Rules and regulations of the Bombay Veterinary College
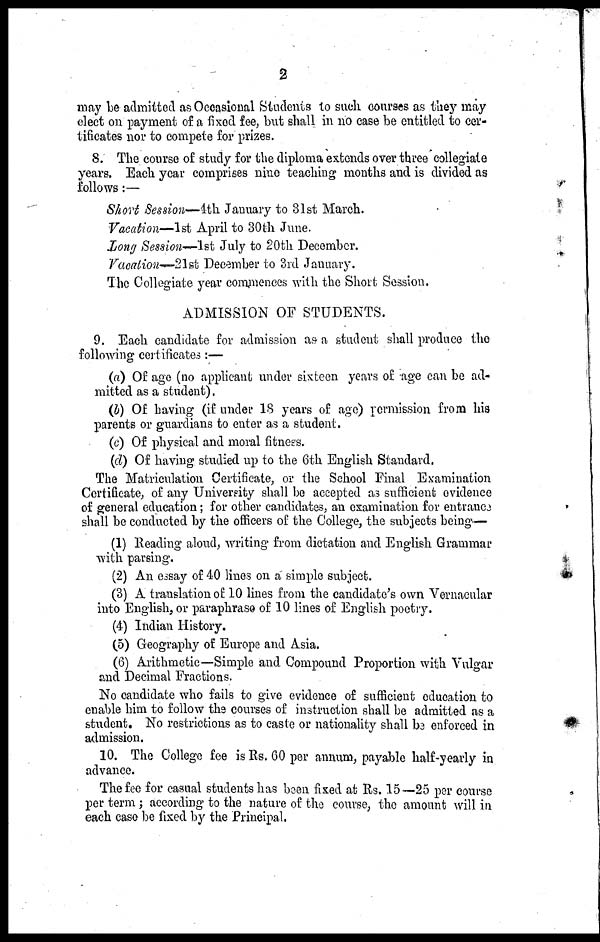
2
may be admitted as Occasional Students to such courses as they may
elect on payment of a fixed fee, but shall in no case be entitled to cer-
tificates nor to compete for prizes.
8. The course of study for the diploma extends over three collegiate
years. Each year comprises nine teaching months and is divided as
follows:—
Short Session—4th January to 31st March.
Vacation—1st April to 30th June.
Long Session—1st July to 20th December.
Vacation-21st December to 3rd January.
The Collegiate year commences with the Short Session.
ADMISSION OF STUDENTS.
9. Each candidate for admission as a student shall produce the
following certificates :—
(a) Of age (no applicant under sixteen years of age can be ad-
mitted as a student).
(b) Of having (if under 18 years of age) permission from his
parents or guardians to enter as a student.
(c) Of physical and moral fitness.
(d) Of having studied up to the 6th English Standard.
The Matriculation Certificate, or the School Final Examination
Certificate, of any University shall be accepted as sufficient evidence
of general education; for other candidates, an examination for entrance
shall be conducted by the officers of the College, the subjects being-—
(1) Reading aloud, writing from dictation and English Grammar
with parsing.
(2) An essay of 40 lines on a simple subject.
(3) A translation of 10 lines from the candidate's own Vernacular
into English, or paraphrase of 10 lines of English poetry.
(4) Indian History.
(5) Geography of Europe and Asia.
(6) Arithmetic—Simple and Compound Proportion with Vulgar
and Decimal Fractions.
No candidate who fails to give evidence of sufficient education to
enable him to follow the courses of instruction shall be admitted as a
student. No restrictions as to caste or nationality shall be enforced in
admission.
10. The College fee is Rs. 60 per annum, payable half-yearly in
advance.
The fee for casual students has been fixed at Rs. 15—25 per course
per term ; according to the nature of the course, the amount will in
each case be fixed by the Principal.